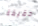
حقيقة